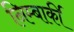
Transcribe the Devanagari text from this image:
निम्बार्की